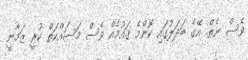
ވެސް ނެތް. އޭގެ ބަދަލުގައި ކޮންމެ ޤައުމެއް ވެސް މަސައްކަތް ކުރީ ޒަމާނީ